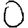
Digit: 0